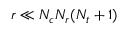
r \ll N _ { c } N _ { r } ( N _ { t } + 1 )